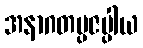
အနာဂတပ္ပဇပ္ပါယ